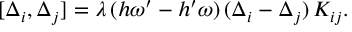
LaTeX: [ \Delta _ { i } , \Delta _ { j } ] = \lambda \, ( h \omega ^ { \prime } - h ^ { \prime } \omega ) \, ( \Delta _ { i } - \Delta _ { j } ) \, K _ { i j } .